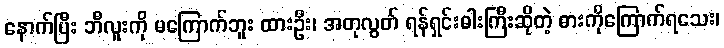
နောက်ပြီး ဘီလူးကို မကြောက်ဘူး ထားဦး၊ အတုလွတ် ရန်ရှင်းဓါးကြီးဆိုတဲ့ ဓားကိုကြောက်ရသေး၊